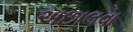
અછાલવા